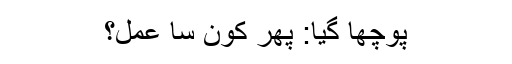
پوچھا گیا: پھر کون سا عمل؟